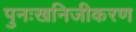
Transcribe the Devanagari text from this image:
पुनःखनिजीकरण